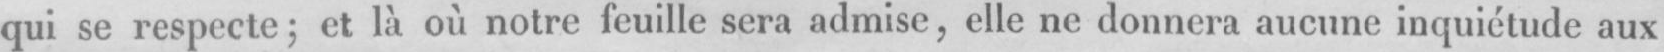
qui se respecte; et là où notre feuille sera admise, elle ne donnera aucune inquietude aux